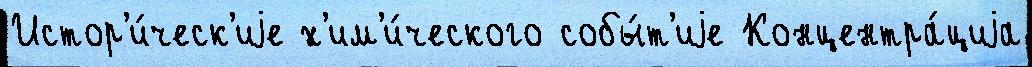
Истор'и́ческ'иjе х'им'и́ческого собы́т'иjе Концентра́циjа